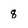
Character: 8